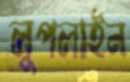
লুপলাইন